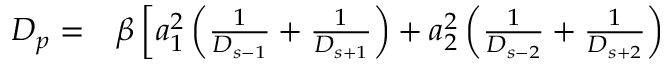
\begin{array} { r l } { D _ { p } = } & { { } \beta \left[ a _ { 1 } ^ { 2 } \left( \frac { 1 } { D _ { s - 1 } } + \frac { 1 } { D _ { s + 1 } } \right) + a _ { 2 } ^ { 2 } \left( \frac { 1 } { D _ { s - 2 } } + \frac { 1 } { D _ { s + 2 } } \right) \right. } \end{array}